Report on horse surra - Volume I
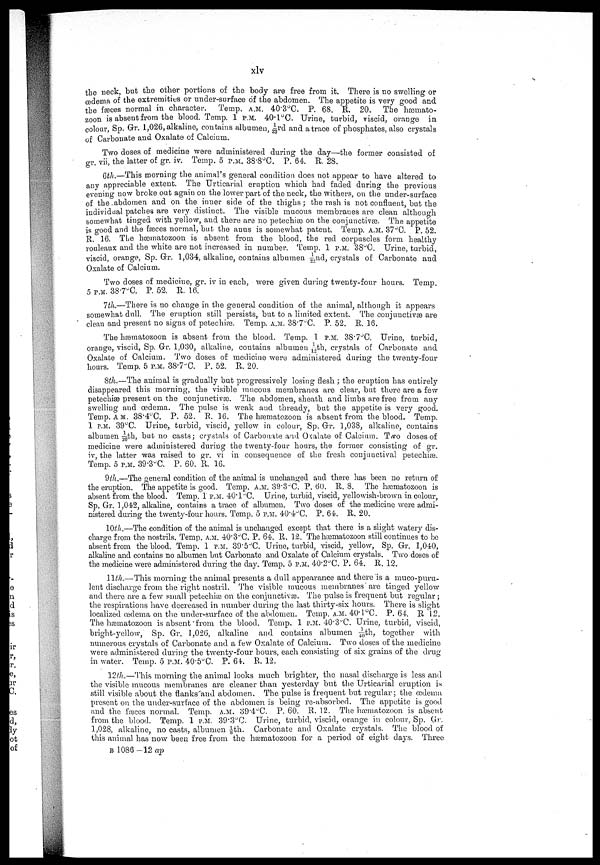
xlv
the neck, but the other portions of the body are free from it. There is no swelling or
œdema of the extremities or under-surface of the abdomen. The appetite is very good and
the feces normal in character. Temp. A.M. 40.3°C. P. 68. R. 20. The hæusato-
zoon is absent from the blood. Temp. 1 P.M. 40.1°C. Urine, turbid, viscid, orange in
colour, Sp. Gr. 1,026, alkaline, contains albumen, 1/23rd and a trace of phosphates, also crystals
of Carbonate and Oxalate of Calcium.
Two doses of medicine were administered during the day—the former consisted of
gr vii, the latter of gr. iv. Temp. 5 P.M. 38.8°C. P. 64. R. 28.
6th.—This morning the animal's general condition does not appear to have altered to
any appreciable extent. The Urticarial eruption which had faded during the previous
evening now broke out again on the lower part of the neck, the withers, on the under-surface
of the abdomen and on the inner side of the thighs; the rash is not confluent, but the
individual patches are very distinct. The visible mucous membranes are clean although
somewhat tinged with yellow, and there are no petechiæ on the conjunctivæ. The appetite
is good and the faeces normal, but the anus is somewhat patent. Temp. A.M. 37°C. P. 52.
B. 16. The hæmatozoon is absent from the blood, the red corpuscles form healthy
rouleaux and the white are not increased in number. Temp. 1 P.M. 38°C. Urine, turbid,
viscid, orange, Sp. Grr. 1,034, alkaline, contains albumen 41/22nd crystals of Carbonate and
Oxalate of Calcium.
Two doses of medicine, gr. iv in each, were given during twenty-four hours. Temp.
5 P.M. 38.7°C. P. 52. R, 16.
7 th.—There is no change in the general condition of the animal, although it appears
somewhat dull. The eruption still persists, but to a limited extent. The conjunctivæ are
clean and present no signs of petechiæ. Temp. A.M. 38.7°C. P. 52. P. 36.
The hæmatozoon is absent from the blood. Temp. 1 P.M. 38.7°C. Urine, turbid,
orange, viscid, Sp. Gr. 1,030, alkaline, contains albumen 1/12th, crystals of Carbonate and
Oxalate of. Calcium. Two doses of medicine were administered during the twenty-four
hours. Temp. 5 P.M. 38.7°C. P. 52. R. 20.
8th.—The animal is gradually but progressively losing flesh ; the eruption has entirely
disappeared this morning, the visible raucous membranes are clear, but there are a few
petechiæ present on the conjunctivas. The abdomen, sheath and limbs are free from any
swelling and œdema. The pulse is weak and thready, but the appetite is very good.
Temp. AM. 38.4°C. P. 52. R. 16. The hæmatozoon is absent from the blood. Temp.
1 P.M. 39°C. Urine, turbid, viscid, yellow in colour, Sp. Gr. 1,038, alkaline, contains
albumen 1/20th, but no casts; crystals of Carbonate and Oxalate of Calcium. Two doses of
medicine were administered during the twenty-four hours, the former consisting of gr.
iv, the latter was raised to ST. vi in consequence of the fresh conjunctival petechias.
Temp. 5 P.M. 39.3°C. P. 60. R. 16.
9th.—The general condition of the animal is unchanged and there has been no return of
the eruption. The appetite is good. Temp. A.M. 39.3°C. P. 60. R. 8. The hæmatozoon is
absent from the blood. Temp. l P.M. 40.1°C. Urine, turbid, viscid, yellowish-brown in colour,
Sp. Gr. 1,042, alkaline, contains a trace of albumen. Two doses of the medicine were admi
nistered during the twenty-four hours. Temp. 5 P.M. 40.4°C. P. 64. R. 20.
10th.—The condition of the animal is unchanged except that there is a slight watery dis
charge from the nostrils. Temp. A.M. 40.3°C. P. 64. R. 12. The hæmatozoon still continues to be
absent from the blood. Temp. 1 P.M. 39.5°C. Urine, turbid, viscid, yellow, Sp. Gr. 1,040,
alkaline and contains no albumen but Carbonate and Oxalate of Calcium crystals. Two doses of
the medicine were administered during the day. Temp. 5 P.M. 40.2°C. P. 64. R. 12.
11th.—This morning the animal presents a dull appearance and there is a muco-puru-
lenfc discharge from the right nostril. The visible mucous membranes are tinged yellow
and there are a few small petechias on the conjunctivas. The pulse is frequent but regular;
the respirations have decreased in number during the last thirty-six hours. There is slight
localized œdema on the under-surface of the abdomen. Temp. A.M. 40.1 °C. P. 64. R12.
The hæmatozoon is absent "from the blood. Temp. 1 P.M. 40.3°C. Urine, turbid, viscid,
bright-yellow, Sp. Gr. 1,026, alkaline and contains albumen 1/40th, together with
numerous crystals of Carbonate and a few Oxalate of Calcium. Two doses of the medicine
were administered during the twenty-four hours, each consisting of six grains of the drug-
in water. Temp. 5 P.M.40.5°C. P. 64. R. 12.
12th.— This morning the animal looks much brighter, the nasal discharge is less and
the visible mucous membranes are cleaner than yesterday but the Urticarial eruption is
still visible about the flanks and abdomen. The pulse is frequent but regular; the œdema
present on the under-surface of the abdomen is being re-absorbed. The appetite is good
and the fæces normal. Temp. A.M. 39.4°C. P. 60. R. 12. The hæmatozoon is absent
from the blood. Temp. 1 P.M. 39.3°C. Urine, turbid, viscid, orange in colour, Sp. Gr.
1,028, alkaline, no casts, albumen ⅛ th. Carbonate and Oxalate crystals. The blood of
this animal has now been free from the hæmatozoon for a period of eight days. Three
B 1086-12 ap